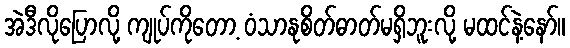
အဲဒီလိုပြောလို့ ကျုပ်ကိုတော့ ဝံသာနုစိတ်ဓာတ်မရှိဘူးလို့ မထင်နဲ့နော်။